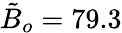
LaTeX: \tilde{B}_{o}=79.3